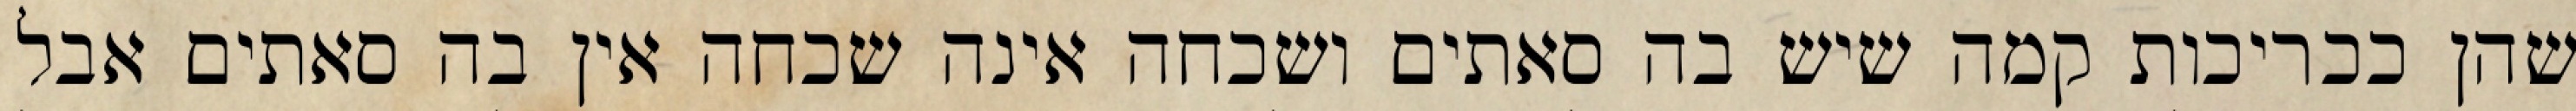
שהן ככריכות קמה שיש בה סאתים ושכחה אינה שכחה אין בה סאתים אבל